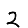
Digit: 2